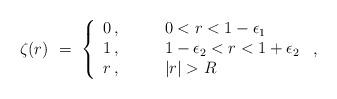
LaTeX: \begin{align*}\zeta(r)\ =\ \left\{\begin{array}{cl}0\,,&\qquad0< r< 1-\epsilon_1\\1\,,&\qquad1-\epsilon_2< r< 1+\epsilon_2\\r\,,&\qquad|r|>R \end{array}\right.\,,\end{align*}